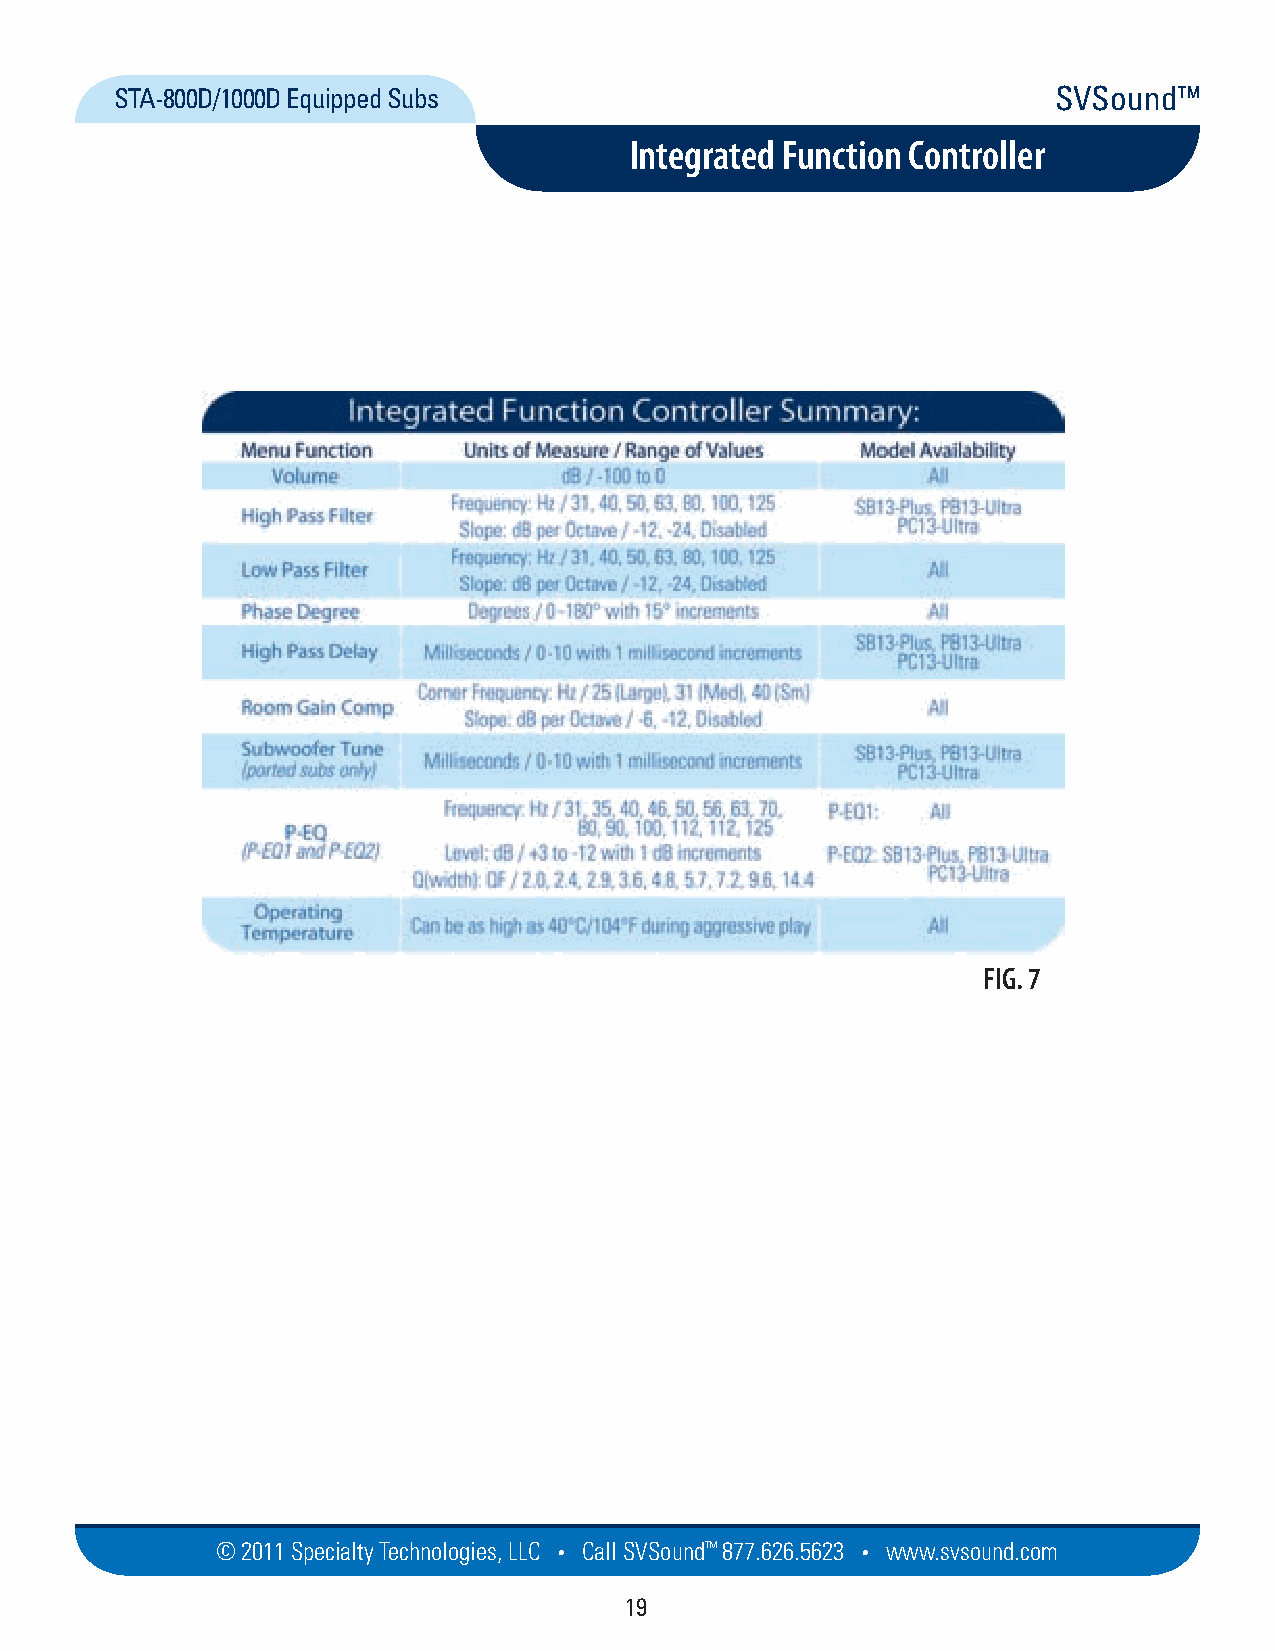
STA-800D/1000D Equipped Subs                                  SVSound™
 Integrated Function Controller
 FIG. 7
 © 2011 Specialty Techno logies, LLC • Call SVSound™ 877.626.5623 • www.svs ou nd.com
 19